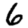
Digit: 6